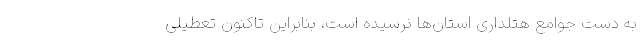
به دست جوامع هتلداری استان‌ها نرسیده است، بنابراین تاکنون تعطیلی